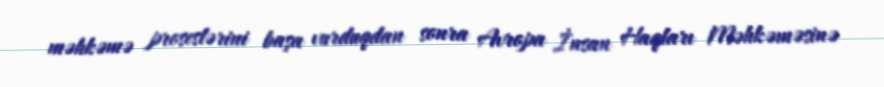
məhkəmə proseslərini başa vurduqdan sonra Avropa İnsan Haqları Məhkəməsinə